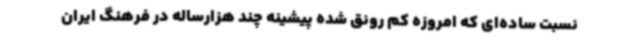
نسبت ساده‌ای که امروزه کم رونق شده پیشینه چند هزارساله در فرهنگ ایران